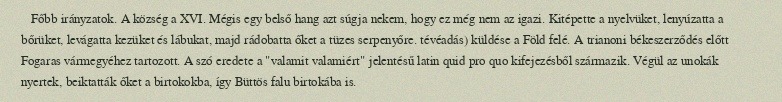
Főbb irányzatok. A község a XVI. Mégis egy belső hang azt súgja nekem, hogy ez még nem az igazi. Kitépette a nyelvüket, lenyúzatta a bőrüket, levágatta kezüket és lábukat, majd rádobatta őket a tüzes serpenyőre. tévéadás) küldése a Föld felé. A trianoni békeszerződés előtt Fogaras vármegyéhez tartozott. A szó eredete a "valamit valamiért" jelentésű latin quid pro quo kifejezésből származik. Végül az unokák nyertek, beiktatták őket a birtokokba, így Büttös falu birtokába is.